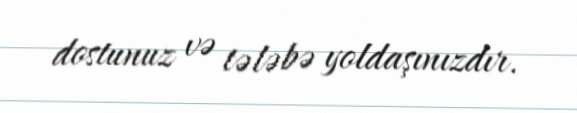
dostunuz və tələbə yoldaşınızdır.